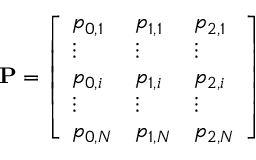
\mathbf { P } = \left[ \begin{array} { l l l } { p _ { 0 , 1 } } & { p _ { 1 , 1 } } & { p _ { 2 , 1 } } \\ { \vdots } & { \vdots } & { \vdots } \\ { p _ { 0 , i } } & { p _ { 1 , i } } & { p _ { 2 , i } } \\ { \vdots } & { \vdots } & { \vdots } \\ { p _ { 0 , N } } & { p _ { 1 , N } } & { p _ { 2 , N } } \end{array} \right]